Report of the Indian Hemp Drugs Commission, 1894-1895 - Volume I
Year: 1894
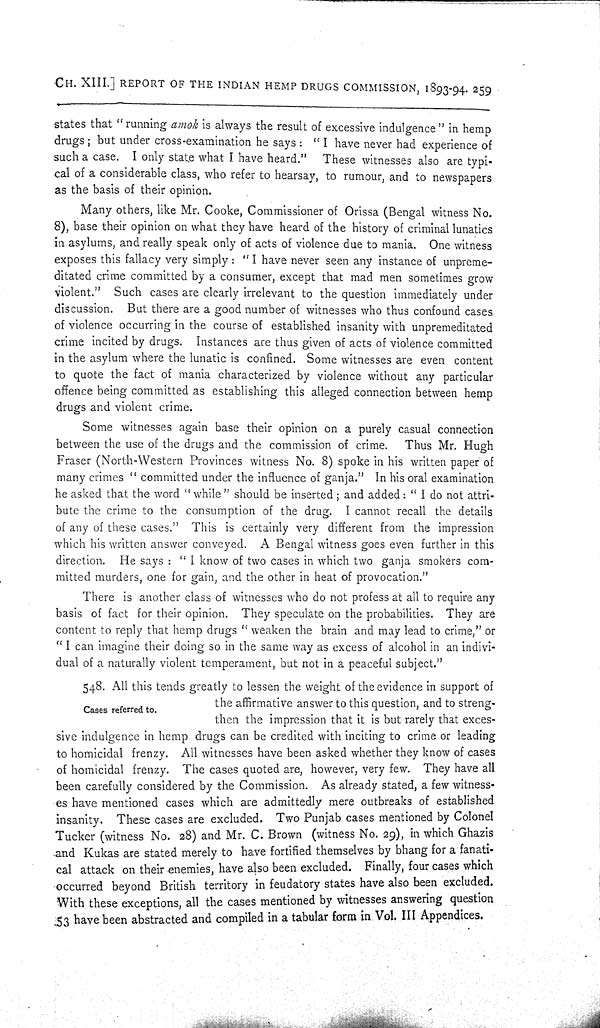
CH. XIII.] REPORT OF THE INDIAN HEMP DRUGS COMMISSION, 1893-94. 259
states that "running amok is always the result of excessive indulgence" in hemp
drugs; but under cross-examination he says: "I have never had experience of
such a case. I only state what I have heard." These witnesses also are typi-
cal of a considerable class, who refer to hearsay, to rumour, and to newspapers
as the basis of their opinion.
Many others, like Mr. Cooke, Commissioner of Orissa (Bengal witness No.
8), base their opinion on what they have heard of the history of criminal lunatics
in asylums, and really speak only of acts of violence due to mania. One witness
exposes this fallacy very simply: "I have never seen any instance of unpreme-
ditated crime committed by a consumer, except that mad men sometimes grow
violent." Such cases are clearly irrelevant to the question immediately under
discussion. But there are a good number of witnesses who thus confound cases
of violence occurring in the course of established insanity with unpremeditated
crime incited by drugs. Instances are thus given of acts of violence committed
in the asylum where the lunatic is confined. Some witnesses are even content
to quote the fact of mania characterized by violence without any particular
offence being committed as establishing this alleged connection between hemp
drugs and violent crime.
Some witnesses again base their opinion on a purely casual connection
between the use of the drugs and the commission of crime. Thus Mr. Hugh
Fraser (North-Western Provinces witness No. 8) spoke in his written paper of
many crimes "committed under the influence of ganja." In his oral examination
he asked that the word "while" should be inserted; and added: "I do not attri-
bute the crime to the consumption of the drug. I cannot recall the details
of any of these cases." This is certainly very different from the impression
which his written answer conveyed. A Bengal witness goes even further in this
direction. He says: "I know of two cases in which two ganja smokers com-
mitted murders, one for gain, and the other in heat of provocation."
There is another class of witnesses who do not profess at all to require any
basis of fact for their opinion. They speculate on the probabilities. They are
content to reply that hemp drugs "weaken the brain and may lead to crime," or
"I can imagine their doing so in the same way as excess of alcohol in an indivi-
dual of a naturally violent temperament, but not in a peaceful subject."
Cases referred to.
548. All this tends greatly to lessen the weight of the evidence in support of
the affirmative answer to this question, and to streng-
then the impression that it is but rarely that exces-
sive indulgence in hemp drugs can be credited with inciting to crime or leading
to homicidal frenzy. All witnesses have been asked whether they know of cases
of homicidal frenzy. The cases quoted are, however, very few. They have all
been carefully considered by the Commission. As already stated, a few witness-
es have mentioned cases which are admittedly mere outbreaks of established
insanity. These cases are excluded. Two Punjab cases mentioned by Colonel
Tucker (witness No. 28) and Mr. C. Brown (witness No. 29), in which Ghazis
and Kukas are stated merely to have fortified themselves by bhang for a fanati-
cal attack on their enemies, have also been excluded. Finally, four cases which
occurred beyond British territory in feudatory states have also been excluded.
With these exceptions, all the cases mentioned by witnesses answering question
53 have been abstracted and compiled in a tabular form in Vol. III Appendices.